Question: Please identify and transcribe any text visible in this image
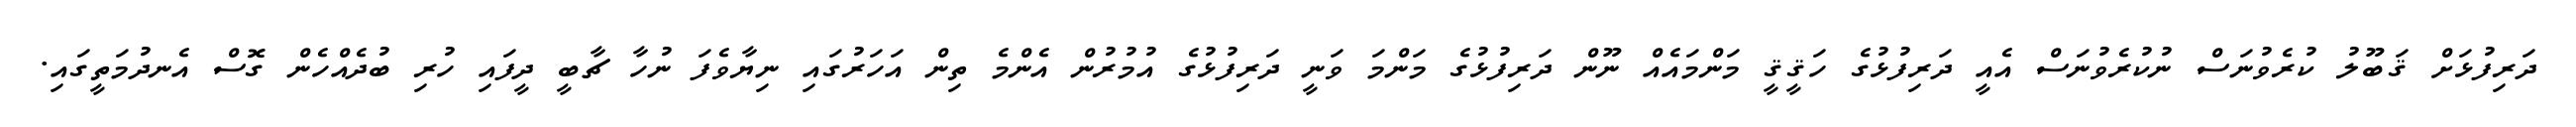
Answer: ދަރިފުޅަށް ޤަބޫލު ކުރެވުނަސް ނުކުރެވުނަސް އެއީ ދަރިފުޅުގެ ހަޤީޤީ މަންމައެއް ނޫން ދަރިފުޅުގެ މަންމަ ވަނީ ދަރިފުޅުގެ އުމުރުން އެންމެ ތިން އަހަރުގައި ނިޔާވެފަ ނުހާ ޗާބީ ދީފައި ހުރި ބުދެއްހެން ގޮސް އެނދުމަތީގައި.